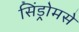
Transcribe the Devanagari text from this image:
सिंड्रोमसे